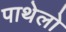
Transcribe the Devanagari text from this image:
पाथेलो